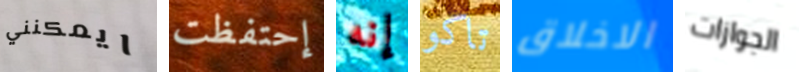
ايمكنني إحتفظت إنه تاكو الاخلاق الجوازات